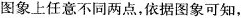
图象上任意不同两点，依据图象可知，